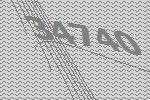
34740